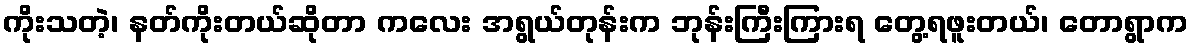
ကိုးသတဲ့၊ နတ်ကိုးတယ်ဆိုတာ ကလေး အရွယ်တုန်းက ဘုန်းကြီးကြားရ တွေ့ရဖူးတယ်၊ တောရွာက